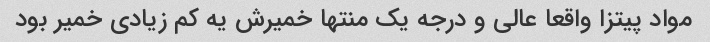
مواد پیتزا واقعا عالی و درجه یک منتها خمیرش یه کم زیادی خمیر بود